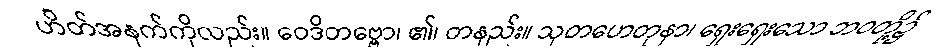
ဟိတ်အနက်ကိုလည်း။ ဝေဒိတဗ္ဗော၊ ၏၊ တနည်း။ သုတဟေတုနာ၊ ရှေးရှေးသော ဘဝတို့၌